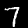
Digit: 7